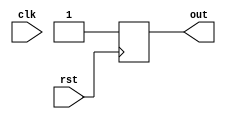
module negedge_rst_behavioral_model(
    input clk,
    input rst,
    output reg out
);

always @(negedge rst) begin
    // Code to be executed when reset signal transitions from high to low
    out <= 1'b1; // Example action to be taken
end

endmodule